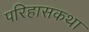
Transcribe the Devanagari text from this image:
परिहासकथा